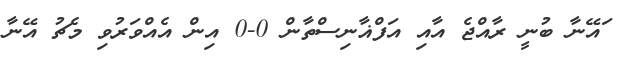
ައޭނާ ބުނީ ރާއްޖެ އާއި އަފްޣާނިސްތާން 0-0 އިން އެއްވަރުވި މެޗު އޭނާ